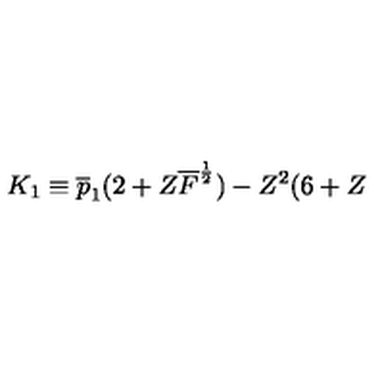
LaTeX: K _ { 1 } \equiv \overline { { p } } _ { 1 } ( 2 + Z \overline { { F } } ^ { \frac { 1 } { 2 } } ) - Z ^ { 2 } ( 6 + Z